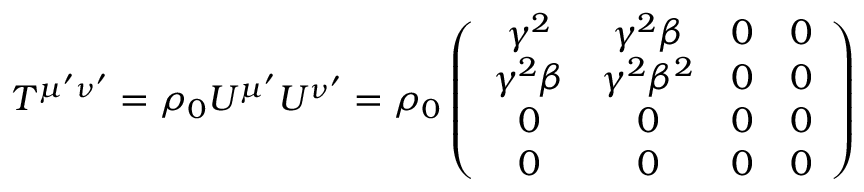
T ^ { \mu ^ { \prime } \nu ^ { \prime } } = \rho _ { 0 } U ^ { \mu ^ { \prime } } U ^ { \nu ^ { \prime } } = \rho _ { 0 } \left( \begin{array} { c c c c } { \gamma ^ { 2 } } & { \gamma ^ { 2 } \beta } & { 0 } & { 0 } \\ { \gamma ^ { 2 } \beta } & { \gamma ^ { 2 } \beta ^ { 2 } } & { 0 } & { 0 } \\ { 0 } & { 0 } & { 0 } & { 0 } \\ { 0 } & { 0 } & { 0 } & { 0 } \end{array} \right)